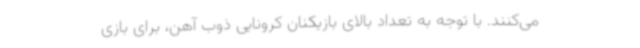
می‌کنند. با توجه به تعداد بالای بازیکنان کرونایی ذوب آهن، برای بازی